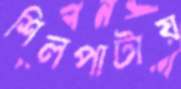
শিলপাটায়